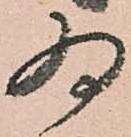
為